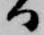
日